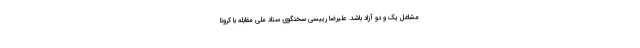
مشاغل یک و دو آزاد باشد. علیرضا رییسی سخنگوی ستاد ملی مقابله با کرونا